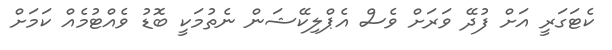
ކެޓަގަރީ އަށް ފުދޭ ވަރަށް ވެސް އެޕްލިކޭޝަން ނެތުމަކީ ބޮޑު ވެއްޓުމެއް ކަމަށް